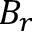
B _ { r }